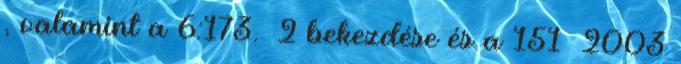
, valamint a 6:173.§ 2 bekezdése és a 151 2003